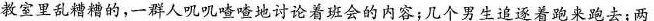
教室里乱糟糟的，一群人叽叽喳喳地讨论着班会的内容；几个男生追逐着跑来跑去；两